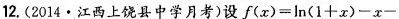
12.(2014 · 江西上饶县中学月考)设$$f ( x ) = l n ( 1 + x ) - x -